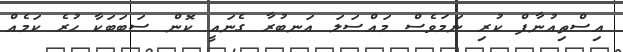
އިސްތިއުނާފް ކުރި ނަމަވެސް މައްސަލަ އަނބުރާ ގެނައީ ކޮން ސަބަބަކާ ހުރެ ކަމެއް